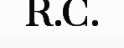
R.C.